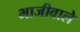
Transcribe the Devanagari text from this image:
भाजीवाले